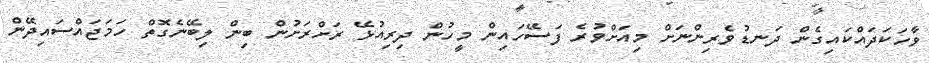
ވާހަކަދައްކައިގެން ދަނޑުވެރިންނަށް މިއަށްވުރެ ފަސޭހައިން މީހުން ދިރިއުޅޭ ރަށްރަށުން ބިން ލިބޭނެގޮތް ހަމަޖައްސައިދޭން